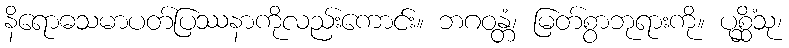
နိရောဓသမာပတ်ပြဿနာကိုလည်းကောင်း။ ဘဂဝန္တံ၊ မြတ်စွာဘုရားကို။ ပုစ္ဆိံသု၊